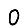
Digit: 0